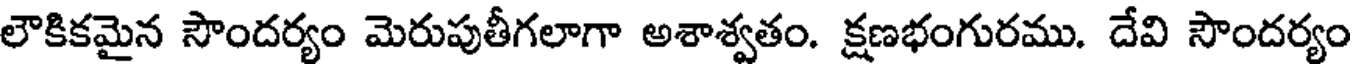
లౌకికమైన సౌందర్యం మెరుపుతీగలాగా అశాశ్వతం. క్షణభంగురము. దేవి సౌందర్యం